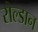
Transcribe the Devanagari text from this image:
रोल्डान